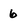
Character: 6